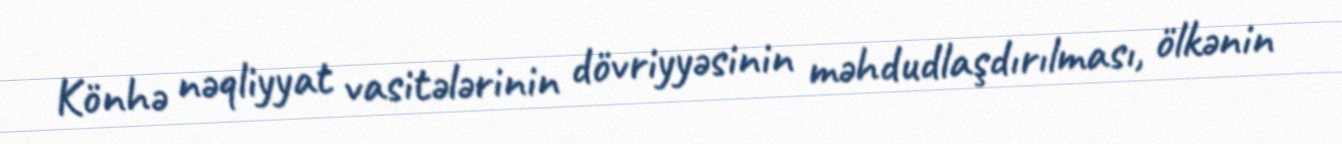
Könhə nəqliyyat vasitələrinin dövriyyəsinin məhdudlaşdırılması, ölkənin